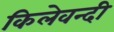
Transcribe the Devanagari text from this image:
किलेवन्दी